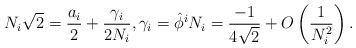
LaTeX: \begin{align*}N_i \sqrt{2} = \frac{a_i}{2} + \frac{\gamma_i}{2N_i}, \gamma_i &= \hat\phi^i N_i = \frac{-1}{4\sqrt{2}} + O\left(\frac{1}{N_i^2}\right).\end{align*}